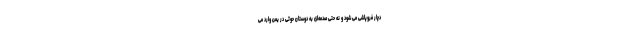
دچار فروپاشی می شود و نه حتی صدمه‌ای به دوستان حوثی در یمن وارد می